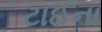
ટાઈના